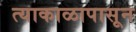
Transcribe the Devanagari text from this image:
त्याकाळापासून